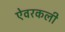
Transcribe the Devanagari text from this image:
ऐवरकली